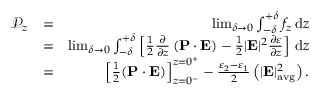
\begin{array} { r l r } { \mathcal { P } _ { z } } & { = } & { \operatorname* { l i m } _ { \delta \to 0 } \int _ { - \delta } ^ { + \delta } f _ { z } \, \mathrm { d } z } \\ & { = } & { \operatorname* { l i m } _ { \delta \to 0 } \int _ { - \delta } ^ { + \delta } \left[ \frac { 1 } { 2 } \frac { \partial } { \partial z } \left( \mathbf P \cdot \mathbf E \right) - \frac { 1 } { 2 } | \mathbf E | ^ { 2 } \frac { \partial \varepsilon } { \partial z } \right] \, \mathrm { d } z } \\ & { = } & { \left[ \frac { 1 } { 2 } ( \mathbf P \cdot \mathbf E ) \right] _ { z = 0 ^ { - } } ^ { z = 0 ^ { + } } - \frac { \varepsilon _ { 2 } - \varepsilon _ { 1 } } { 2 } \left( | \mathbf E | _ { \mathrm { a v g } } ^ { 2 } \right) . } \end{array}